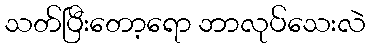
သတ်ပြီးတော့ရော ဘာလုပ်သေးလဲ